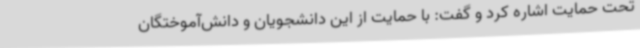
تحت حمایت اشاره کرد و گفت: با حمایت از این دانشجویان و دانش‌آموختگان